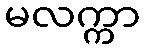
မလက္ကာ